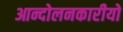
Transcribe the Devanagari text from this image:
आन्दोलनकारीयो